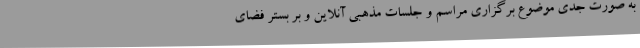
به صورت جدی موضوع برگزاری مراسم و جلسات مذهبی آنلاین و بر بستر فضای